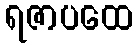
ရဇာပထေ